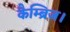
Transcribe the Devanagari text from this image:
कैम्ब्रिज।